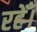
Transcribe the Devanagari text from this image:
रहेँ।